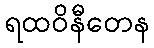
ရထဝိနီတေန